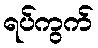
ရပ်ကွက်